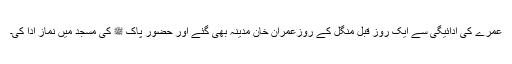
عمرے کی ادائیگی سے ایک روز قبل منگل کے روزعمران خان مدینہ بھی گئے اور حضور پاک ﷺ کی مسجد میں نماز ادا کی۔